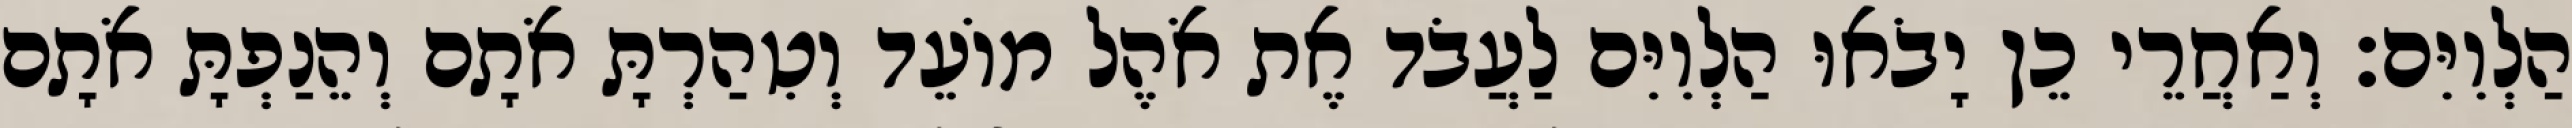
הַלְוִיִּם׃ וְאַחֲרֵי כֵן יָבֹאוּ הַלְוִיִּם לַעֲבֹד אֶת אֹהֶל מוֹעֵד וְטִהַרְתָּ אֹתָם וְהֵנַפְתָּ אֹתָם